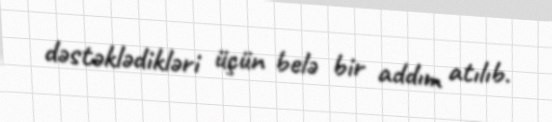
dəstəklədikləri üçün belə bir addım atılıb.